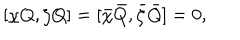
[ \chi Q , \zeta Q ] = [ \bar { \chi } \bar { Q } , \bar { \zeta } \bar { Q } ] = 0 ,